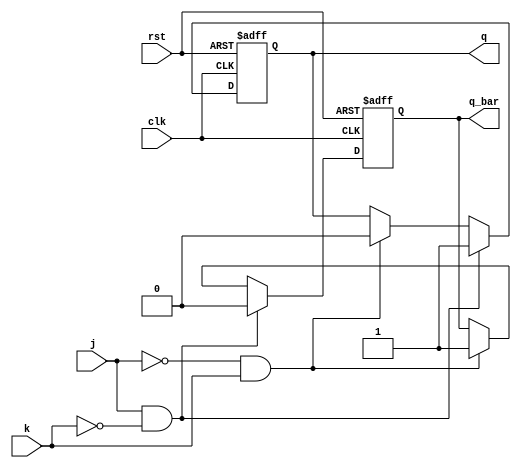
module jk_flipflop (
    input clk, // clock input
    input rst, // reset input
    input j, // J input
    input k, // K input
    output reg q, // Q output
    output reg q_bar // Q_bar output
);

always @(posedge clk or posedge rst) begin
    if (rst) begin
        q <= 0;
        q_bar <= 1;
    end else begin
        if (j && !k) begin
            q <= 1;
            q_bar <= 0;
        end else if (!j && k) begin
            q <= 0;
            q_bar <= 1;
        end
    end
end

endmodule